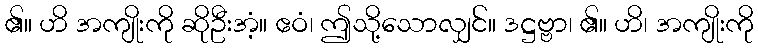
၏။ ဟိ အကျိုးကို ဆိုဦးအံ့။ ဧဝံ၊ ဤသို့သောလျှင်။ ဒဋ္ဌဗ္ဗာ၊ ၏။ ဟိ၊ အကျိုးကို